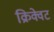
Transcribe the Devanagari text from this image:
क्रिक्वेट